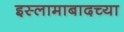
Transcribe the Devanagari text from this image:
इस्लामाबादच्या